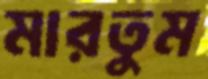
মারতুম